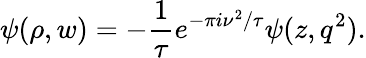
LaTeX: \psi(\rho,w)=-{\frac{1}{\tau}}e^{-\pi i\nu^{2}/\tau}\psi(z,q^{2}).